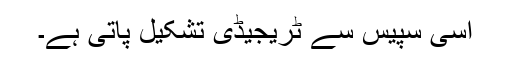
اسی سپیس سے ٹریجیڈی تشکیل پاتی ہے۔